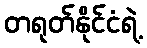
တရုတ်နိုင်ငံရဲ့